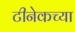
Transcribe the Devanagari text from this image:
टीनेकच्या